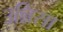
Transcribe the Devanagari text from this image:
उन्निसा